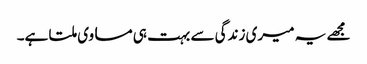
مجھے یہ میری زندگی سے بہت ہی مساوی ملتا ہے۔